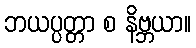
ဘယပ္ပတ္တာ စ နိဗ္ဘယာ။